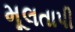
મૂલતાપી